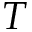
T